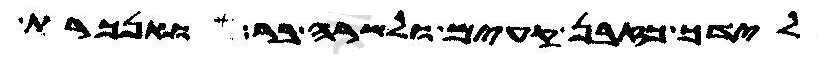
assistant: לידך כזבן קעים ולשרה בר ואנכרת